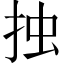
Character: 𢫼